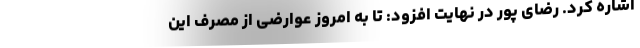
اشاره کرد. رضای پور در نهایت افزود: تا به امروز عوارضی از مصرف این